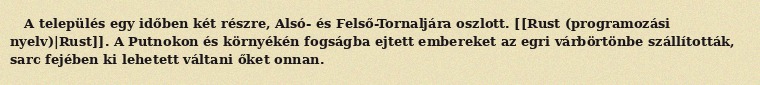
A település egy időben két részre, Alsó- és Felső-Tornaljára oszlott. [[Rust (programozási nyelv)|Rust]]. A Putnokon és környékén fogságba ejtett embereket az egri várbörtönbe szállították, sarc fejében ki lehetett váltani őket onnan.